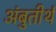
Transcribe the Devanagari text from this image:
अंबुतीर्थ